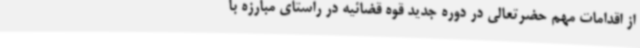
از اقدامات مهم حضرتعالی در دوره جدید قوه قضائیه در راستای مبارزه با